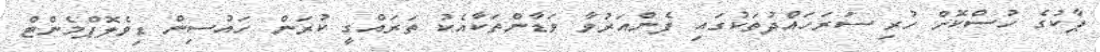
ޕާކުގެ ހުސްކޮށް ހުރި ސަރަހައްދުތަކުގައި ފެންއަރުވާ ވަޑާންތަކާއެކު ތަރައްގީ ކުރަން ހައުސިން ޑިވެލޮޕްމެންޓް